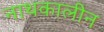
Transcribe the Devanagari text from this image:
नाथकालीन